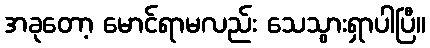
အခုတော့ မောင်ရာမလည်း သေသွားရှာပါပြီ။